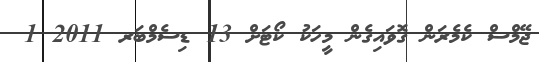
ޖޭމްސް ކެމެރަން ގޮވައިގެން މީހަކު ކޯޓަށް 13 ޑިސެމްބަރ 2011 1